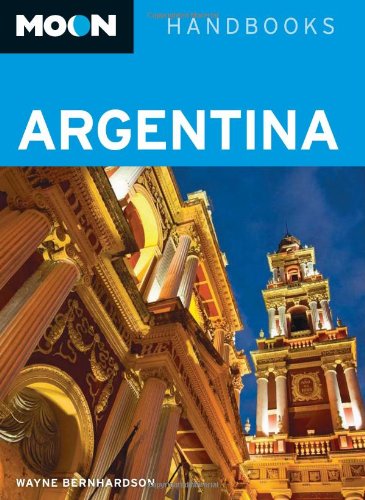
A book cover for Moon Argentina (Moon Handbooks); Wayne Bernhardson; Travel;